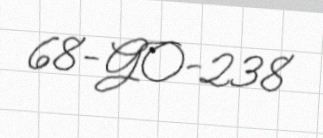
68-GO-238